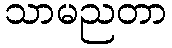
သာမညတာ